Veterinary [1904] -
Year: 1904
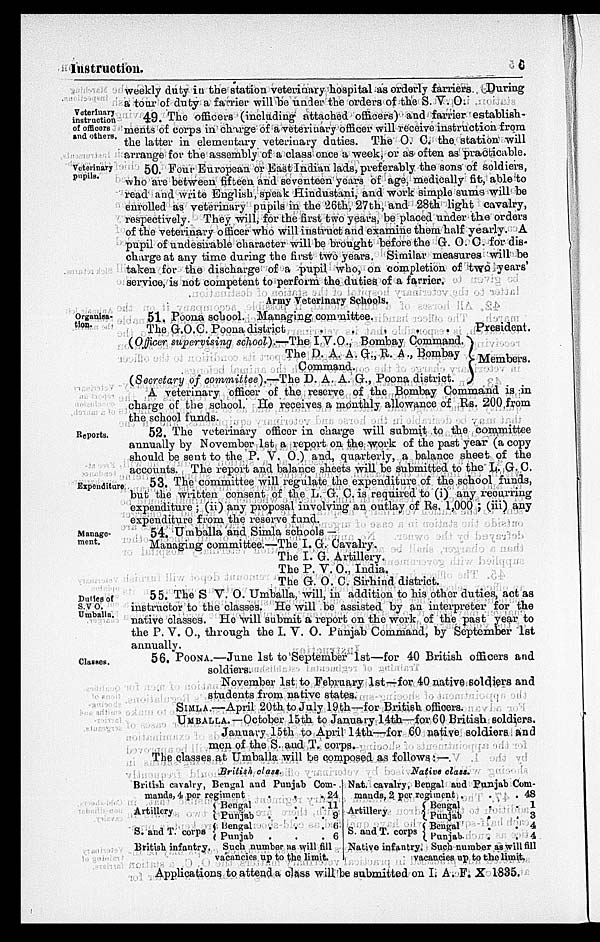
Instruction.
c
weekly duty in the station veterinary hospital as orderly farriers During
a tour of duty a farrier will be under the orders of the S. V. O.
Voterinary
instruction
of officers
and others.
49. The officers (including attached officers) and farrier establish-
ments of corps in charge of a veterinary officer will receive instruction from
the latter in elementary veterinary duties. The O. C. the station will
arrange for the assembly of a class once a week, or as often as practicable.
Veterinary
pupils.
50. Four European or East Indian lads, preferably the sons of soldiers,
who are between fifteen and seventeen years of age, medically fit, able to
read and write English, speak Hindustani, and work simple sums will be
enrolled as veterinary pupils in the 26th, 27th, and 28th light cavalry,
respectively. They will, for the first two years, be placed under the orders
of the veterinary officer who will instruct and examine them half yearly. A
pupil of undesirable character will be brought before the G. O. C. for dis-
charge at any time during the first two years. Similar measures will be
taken for the discharge of a pupil who, on completion of two years'
service, is not competent to perform the duties of a farrier.
Army Veterinary Schools.
Organisa-
tion.
51. Poona school. Managing committee.
The G.O.C. Poona
district.
.
.
.
.
(Officer supervising school).— The I.V.O., Bombay Command.
The D. A. A. G., R. A., Bombay
Command.
(Secretary of committee).—The D. A. A. G., Poona district.
President.
}Members.
A veterinary officer of the reserve of the Bombay Command is in
charge of the school. He receives a monthly allowance of Rs. 200 from
the school funds.
Reports.
52. The veterinary officer in charge will submit to the committee
annually by November 1st a report on the work of the past year (a copy
should be sent to the P. V. O.) and, quarterly, a balance sheet of the
accounts. The report and balance sheets will be submitted to the L. G. C.
Expenditure
53. The committee will regulate the expenditure of the school funds,
but the written consent of the L. G. C. is required to (i) any recurring
expenditure ; (ii) any proposal involving an outlay of Rs. 1,000 ; (iii) any
expenditure from the reserve fund.
Manage-
ment.
54. Umballa and Simla schools —
Managing committee.—The I. G. Cavalry.
The I. G. Artillery.
The P. V. O., India.
The G. O. C. Sirhind district.
Duties of
S.V O.
Umballa.
55. The S V. O. Umballa, will, in addition to his other duties, act as
instructor to the classes. He will be assisted by an interpreter for the
native classes. He will submit a report on the work of the past year to
the P. V. O., through the I. V. O. Punjab Command, by September 1st
annually.
Classes.
56. POONA.—June 1st to September 1st—for 40 British officers and
soldiers.
November 1st to February 1st—for 40 native soldiers and
students from native states.
SIMLA.—April 20th to July 19th—for British officers.
UMBALLA.—October 15th to January 14th—for 60 British soldiers.
January 15th to April 14th—for 60 native soldiers and
men of the S. and T. corps.
The classes at Umballa will be composed as follows: —
British class.
British cavalry, Bengal and Punjab Com-
mands, 4 per regiment . . .
Artillery
S. and T. corps
British infantry.
Bengal . . .
Punjab . . .
Bengal . . .
Punjab . . .
--
11
9
6
6
Such number as will fill
vacancies up to the limit.
Native class.
Nat. cavalry, Be
mands, 2 per re
Artillery
S. and T. corps
Native infantry.
ngal and Punjab Com-
Bengal . .
Punjab . .
Bengal . .
Punjab . .
1
3
4
4
Such number as will fill
vacancies up to the limit.
Applications to attend a class will be submitted on I. A. F. X 1835.